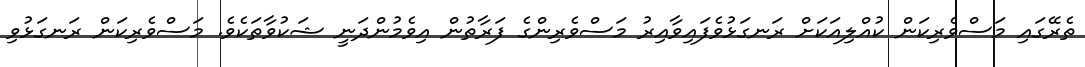
ތެރޭގައި މަސްވެރިކަން ކުއްލިއަކަށް ރަނގަޅުވެފައިވާއިރު މަސްވެރިންގެ ފަރާތުން އިވެމުންދަނީ ޝަކުވާތަކެވެ. މަސްވެރިކަން ރަނގަޅުވި